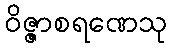
ဝိဇ္ဇာစရဏေသု